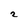
Character: 2